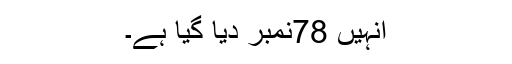
انہیں 78نمبر دیا گیا ہے۔